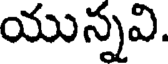
యున్నవి.